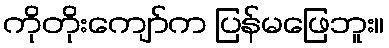
ကိုတိုးကျော်က ပြန်မဖြေဘူး။